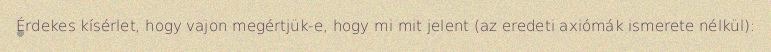
Érdekes kísérlet, hogy vajon megértjük-e, hogy mi mit jelent (az eredeti axiómák ismerete nélkül):